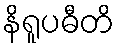
နိရူပဓီတိ